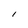
Character: l